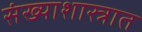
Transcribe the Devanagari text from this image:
संख्याशास्त्रात